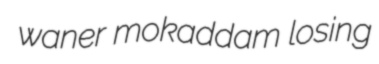
waner mokaddam losing